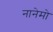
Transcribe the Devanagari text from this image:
नानेमो